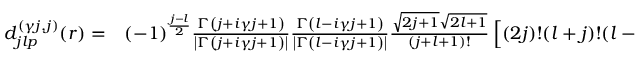
\begin{array} { r l } { d _ { j l p } ^ { ( \gamma j , j ) } ( r ) = } & { { } ( - 1 ) ^ { \frac { j - l } { 2 } } \frac { \Gamma \left( j + i \gamma j + 1 \right) } { \left| \Gamma \left( j + i \gamma j + 1 \right) \right| } \frac { \Gamma \left( l - i \gamma j + 1 \right) } { \left| \Gamma \left( l - i \gamma j + 1 \right) \right| } \frac { \sqrt { 2 j + 1 } \sqrt { 2 l + 1 } } { ( j + l + 1 ) ! } \left[ ( 2 j ) ! ( l + j ) ! ( l - j ) ! \frac { ( l + p ) ! ( l - p ) ! } { ( j + p ) ! ( j - p ) ! } \right] ^ { 1 / 2 } } \end{array}